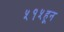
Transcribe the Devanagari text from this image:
५१५हून